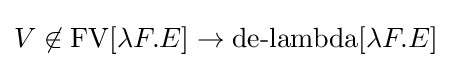
V\not \in \operatorname {FV} [\lambda F.E]\to \operatorname {de-lambda} [\lambda F.E]